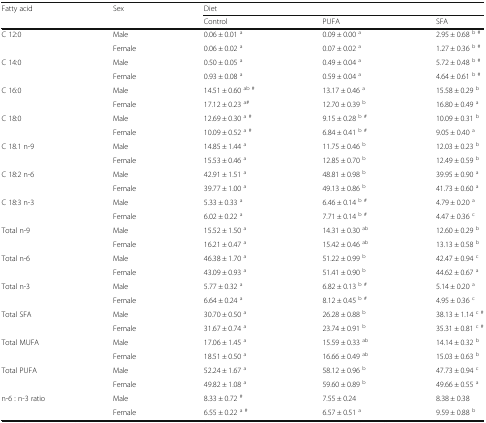
<table><thead><tr><td rowspan="2"><b>Fatty acid</b></td><td rowspan="2"><b>Sex</b></td><td colspan="3"><b>Diet</b></td></tr><tr><td><b>Control</b></td><td><b>PUFA</b></td><td><b>SFA</b></td></tr></thead><tbody><tr><td rowspan="2">C 12:0</td><td>Male</td><td>0.06 ± 0.01 <sup>a</sup></td><td>0.09 ± 0.00 <sup>a</sup></td><td>2.95 ± 0.68 <sup>b #</sup></td></tr><tr><td>Female</td><td>0.06 ± 0.02 <sup>a</sup></td><td>0.07 ± 0.02 <sup>a</sup></td><td>1.27 ± 0.36 <sup>b #</sup></td></tr><tr><td rowspan="2">C 14:0</td><td>Male</td><td>0.50 ± 0.05 <sup>a</sup></td><td>0.49 ± 0.04 <sup>a</sup></td><td>5.72 ± 0.48 <sup>b #</sup></td></tr><tr><td>Female</td><td>0.93 ± 0.08 <sup>a</sup></td><td>0.59 ± 0.04 <sup>a</sup></td><td>4.64 ± 0.61 <sup>b #</sup></td></tr><tr><td rowspan="2">C 16:0</td><td>Male</td><td>14.51 ± 0.60 <sup>ab #</sup></td><td>13.17 ± 0.46 <sup>a</sup></td><td>15.58 ± 0.29 <sup>b</sup></td></tr><tr><td>Female</td><td>17.12 ± 0.23 <sup>a#</sup></td><td>12.70 ± 0.39 <sup>b</sup></td><td>16.80 ± 0.49 <sup>a</sup></td></tr><tr><td rowspan="2">C 18:0</td><td>Male</td><td>12.69 ± 0.30 <sup>a #</sup></td><td>9.15 ± 0.28 <sup>b #</sup></td><td>10.09 ± 0.31 <sup>b</sup></td></tr><tr><td>Female</td><td>10.09 ± 0.52 <sup>a #</sup></td><td>6.84 ± 0.41 <sup>b #</sup></td><td>9.05 ± 0.40 <sup>a</sup></td></tr><tr><td rowspan="2">C 18.1 n-9</td><td>Male</td><td>14.85 ± 1.44 <sup>a</sup></td><td>11.75 ± 0.46 <sup>b</sup></td><td>12.03 ± 0.23 <sup>b</sup></td></tr><tr><td>Female</td><td>15.53 ± 0.46 <sup>a</sup></td><td>12.85 ± 0.70 <sup>b</sup></td><td>12.49 ± 0.59 <sup>b</sup></td></tr><tr><td rowspan="2">C 18:2 n-6</td><td>Male</td><td>42.91 ± 1.51 <sup>a</sup></td><td>48.81 ± 0.98 <sup>b</sup></td><td>39.95 ± 0.90 <sup>a</sup></td></tr><tr><td>Female</td><td>39.77 ± 1.00 <sup>a</sup></td><td>49.13 ± 0.86 <sup>b</sup></td><td>41.73 ± 0.60 <sup>a</sup></td></tr><tr><td rowspan="2">C 18:3 n-3</td><td>Male</td><td>5.33 ± 0.33 <sup>a</sup></td><td>6.46 ± 0.14 <sup>b #</sup></td><td>4.79 ± 0.20 <sup>a</sup></td></tr><tr><td>Female</td><td>6.02 ± 0.22 <sup>a</sup></td><td>7.71 ± 0.14 <sup>b #</sup></td><td>4.47 ± 0.36 <sup>c</sup></td></tr><tr><td rowspan="2">Total n-9</td><td>Male</td><td>15.52 ± 1.50 <sup>a</sup></td><td>14.31 ± 0.30 <sup>ab</sup></td><td>12.60 ± 0.29 <sup>b</sup></td></tr><tr><td>Female</td><td>16.21 ± 0.47 <sup>a</sup></td><td>15.42 ± 0.46 <sup>ab</sup></td><td>13.13 ± 0.58 <sup>b</sup></td></tr><tr><td rowspan="2">Total n-6</td><td>Male</td><td>46.38 ± 1.70 <sup>a</sup></td><td>51.22 ± 0.99 <sup>b</sup></td><td>42.47 ± 0.94 <sup>c</sup></td></tr><tr><td>Female</td><td>43.09 ± 0.93 <sup>a</sup></td><td>51.41 ± 0.90 <sup>b</sup></td><td>44.62 ± 0.67 <sup>a</sup></td></tr><tr><td rowspan="2">Total n-3</td><td>Male</td><td>5.77 ± 0.32 <sup>a</sup></td><td>6.82 ± 0.13 <sup>b #</sup></td><td>5.14 ± 0.20 <sup>a</sup></td></tr><tr><td>Female</td><td>6.64 ± 0.24 <sup>a</sup></td><td>8.12 ± 0.45 <sup>b #</sup></td><td>4.95 ± 0.36 <sup>c</sup></td></tr><tr><td rowspan="2">Total SFA</td><td>Male</td><td>30.70 ± 0.50 <sup>a</sup></td><td>26.28 ± 0.88 <sup>b</sup></td><td>38.13 ± 1.14 <sup>c #</sup></td></tr><tr><td>Female</td><td>31.67 ± 0.74 <sup>a</sup></td><td>23.74 ± 0.91 <sup>b</sup></td><td>35.31 ± 0.81 <sup>c #</sup></td></tr><tr><td rowspan="2">Total MUFA</td><td>Male</td><td>17.06 ± 1.45 <sup>a</sup></td><td>15.59 ± 0.33 <sup>ab</sup></td><td>14.14 ± 0.32 <sup>b</sup></td></tr><tr><td>Female</td><td>18.51 ± 0.50 <sup>a</sup></td><td>16.66 ± 0.49 <sup>ab</sup></td><td>15.03 ± 0.63 <sup>b</sup></td></tr><tr><td rowspan="2">Total PUFA</td><td>Male</td><td>52.24 ± 1.67 <sup>a</sup></td><td>58.12 ± 0.96 <sup>b</sup></td><td>47.73 ± 0.94 <sup>c</sup></td></tr><tr><td>Female</td><td>49.82 ± 1.08 <sup>a</sup></td><td>59.60 ± 0.89 <sup>b</sup></td><td>49.66 ± 0.55 <sup>a</sup></td></tr><tr><td rowspan="2">n-6 : n-3 ratio</td><td>Male</td><td>8.33 ± 0.72 <sup>#</sup></td><td>7.55 ± 0.24</td><td>8.38 ± 0.38</td></tr><tr><td>Female</td><td>6.55 ± 0.22 <sup>a #</sup></td><td>6.57 ± 0.51 <sup>a</sup></td><td>9.59 ± 0.88 <sup>b</sup></td></tr></tbody></table>